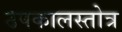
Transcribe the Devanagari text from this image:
उपकालस्तोत्र